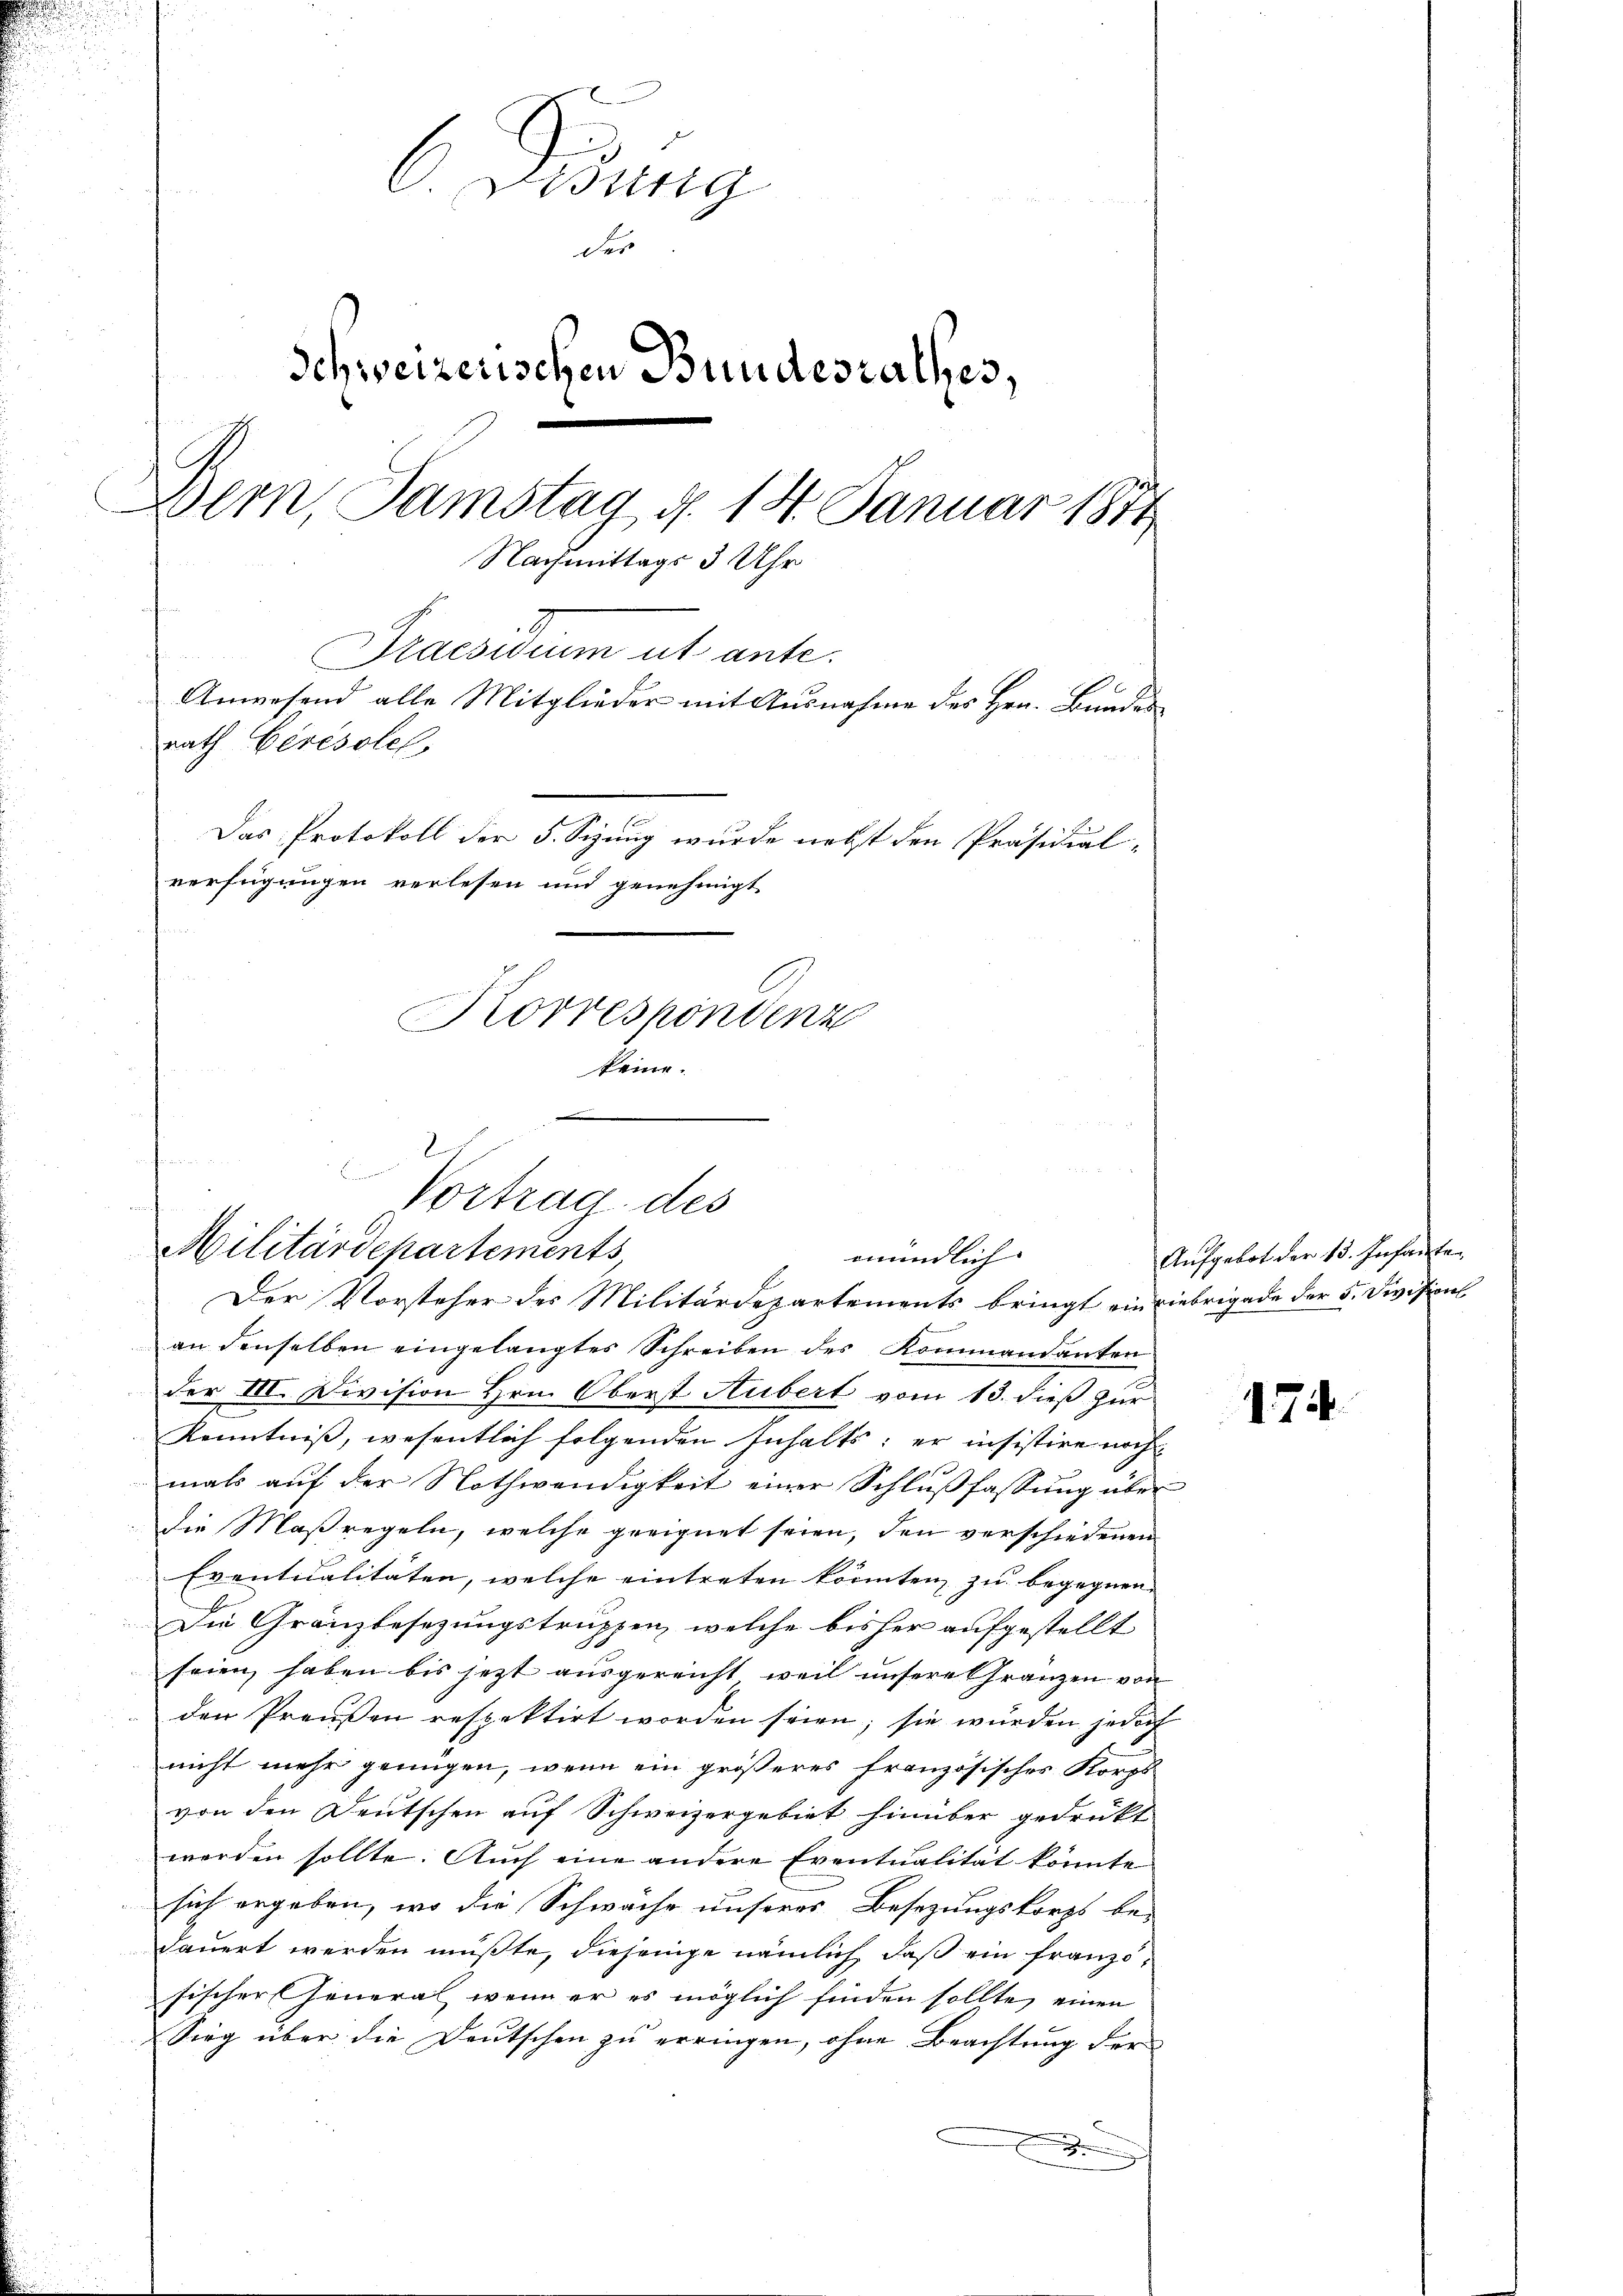
C. Wenig
der
Schweizerischen Bundesrathes,
Bern, Samstag d. 14. Januar 1874
Nachmittags 3 Uhr
Praesidium ut ante.
Anwesend alle Mitglieder mit Ausnahme des Hrn. Bandes
rath Gérésolel,
Das Protokoll der 5. Sizung wurde nebst den Präsidial-
verfügungen verlesen und genehmigt
Korrespondenz
keine.

Der Vorsteher des Militärdepartements bringt ein Liebrigade der 5. Division
an denselben eingelangtes Schreiben des Kommandanten
der III. Division Hrn. Oberst Hubert vom 13. dieß zur
Kenntniß, wesentlich folgenden Inhalts; er insistire noch
mals auf der Nothwendigkeit einer Schlußfassung über
die Maßregeln, welche geeignet seien, den verschiedenen
Eventualitäten, welche eintreten könnten zu begegnen,
Die Gränzbesezungstruppen, welche bisher aufgestellt
seien, haben bis jezt ausgereicht, weil unsere Gränzen von
den Preußen respektirt worden seien; sie wurden jedoch
nicht mehr genügen, wenn ein größeres französisches Korps
von den Deutschen auf Schweizergebiet hinüber gedrukt
worden sollte. Auch eine andere Eventualität könnte
sich ergeben, wo die Schwäche unseres Besetzungskorps be-
dauert werden mußte, diejenige nämlich, daß ein franzosischer General, wenn er es möglich finden sollte, einen
Sieg über die Deutschen zu erringen, ohne Beachtung der
.

.
Vortrag des
Militärdepartements
mündlich

Aufgebot der 13. Infante

174